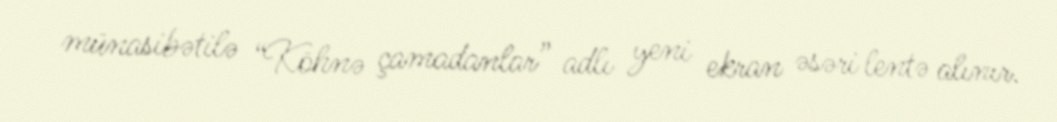
münasibətilə “Köhnə çamadanlar” adlı yeni ekran əsəri lentə alınır.